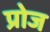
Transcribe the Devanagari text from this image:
प्रोज